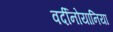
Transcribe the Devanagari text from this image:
वर्दीनोयानिया